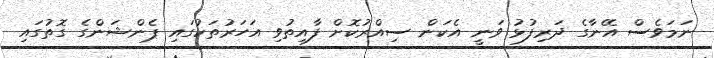
ނަމަވެސް އޭނާގެ ދަރިފުޅު ވަނީ އެކަން ސިއްރުކޮށް ފާއިތުވި އަހަރުތަކުގައި ޕެންޝަންގެ ގޮތުގައި